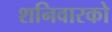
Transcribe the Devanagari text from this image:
शनिवारको